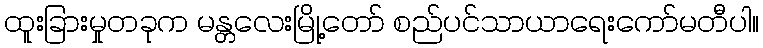
ထူးခြားမှုတခုက မန္တလေးမြို့တော် စည်ပင်သာယာရေးကော်မတီပါ။